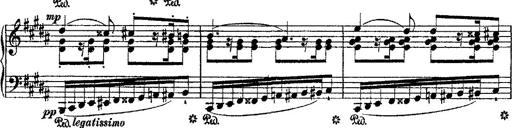
Title: Fantaisie romantique sur deux mÃ©lodies suisses
Composer: Franz Liszt